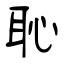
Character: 恥